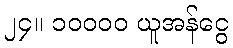
၂၄။ ၁၀၀၀၀ ယူအန်ငွေ